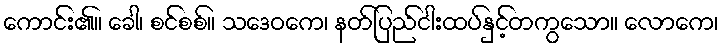
ကောင်း၏။ ခေါ၊ စင်စစ်။ သဒေဝကေ၊ နတ်ပြည်ငါးထပ်နှင့်တကွသော။ လောကေ၊